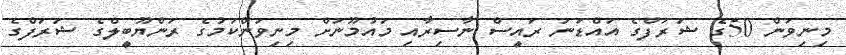
މިނިވަން 50ގެ ޝަރަފްގެ އައްޑަަނަ ރައީސް ނާސިރާއި މައުމޫނަށް މިނިވަންކަމުގެ ރަންޔޫބީލްގެ ޝަރަފްގެ